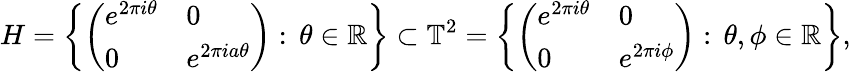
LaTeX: H=\left\{ \left({\begin{array}{ll}{e^{2\pi i\theta}}&{0}\\ {0}&{e^{2\pi ia\theta}}\end{array}}\right):\, \theta\in\mathbb{R}\right\} \subset\mathbb{T}^{2}=\left\{ \left({\begin{array}{ll}{e^{2\pi i\theta}}&{0}\\ {0}&{e^{2\pi i\phi}}\end{array}}\right):\, \theta,\phi\in\mathbb{R}\right\} ,